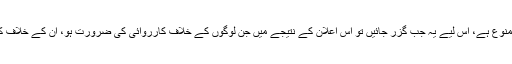
یہ اُنھی کے بارے میں فرمایا ہے کہ اِن دنوں میں چونکہ جنگ و جدال ممنوع ہے، اِس لیے یہ جب گزر جائیں تو اِس اعلان کے نتیجے میں جن لوگوں کے خلاف کارروائی کی ضرورت ہو، اُن کے خلاف کارروائی کا آغاز کیا جائے، اِس سے پہلے کوئی کارروائی نہ کی جائے۔